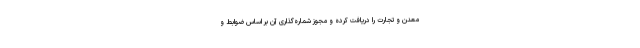
معدن و تجارت را دریافت کرده و مجوز شماره‌گذاری آن بر اساس ضوابط و